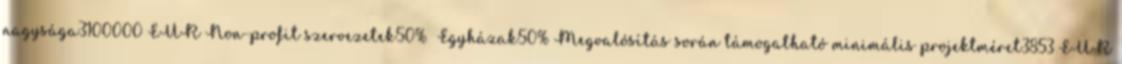
nagysága3100000 EUR▪Non-profit szervezetek50% ▪Egyházak50%▪Megvalósítás során támogatható minimális projektméret3853 EUR